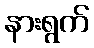
နားရွက်